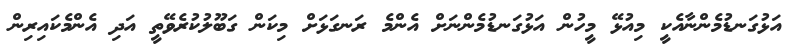
އަޅުގަނޑުމެންނާއެކީ މިއުޅޭ މީހުން އަޅުގަނޑުމެންނަށް އެންމެ ރަނގަޅަށް މިކަން ގަބޫލުކުރެވޭތީ އަދި އެންމެކައިރިން